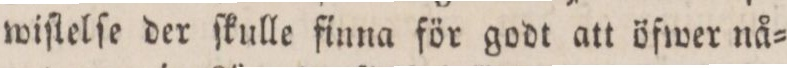
wiſtelſe der ſkulle finna för godt att öfwer nå=